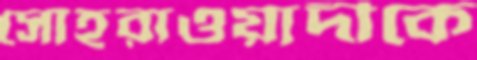
সোহরাওয়ার্দীকে